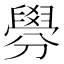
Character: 𦦑